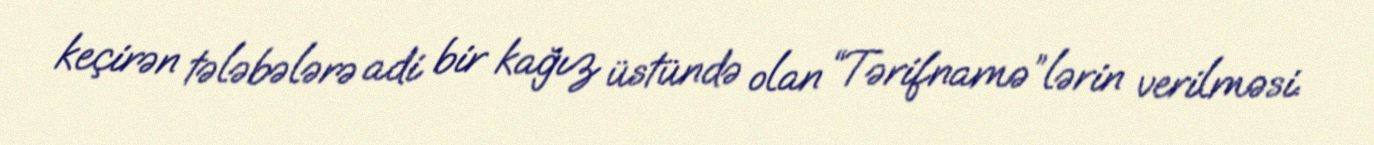
keçirən tələbələrə adi bir kağız üstündə olan “Tərifnamə”lərin verilməsi.